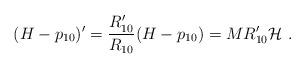
\begin{align*}( H - p_{10} )' = \frac{R'_{10}}{R_{10}} ( H - p_{10} )= M R'_{10} {\cal H}\ . \end{align*}